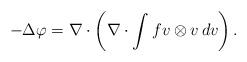
LaTeX: \begin{align*}-\Delta \varphi = \nabla \cdot \left(\nabla \cdot \int f v \otimes v \, dv \right).\end{align*}